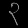
Digit: ၃